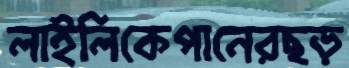
লাইলিকেপানেরছড়